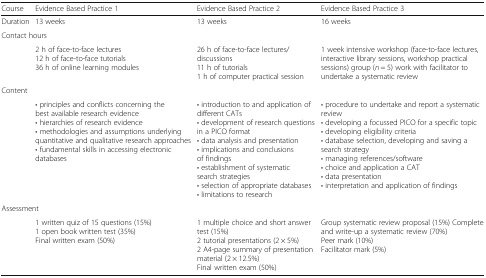
<table><thead><tr><td><b>Course</b></td><td><b>Evidence Based Practice 1</b></td><td><b>Evidence Based Practice 2</b></td><td><b>Evidence Based Practice 3</b></td></tr></thead><tbody><tr><td>Duration</td><td>13 weeks</td><td>13 weeks</td><td>16 weeks</td></tr><tr><td colspan="4">Contact hours</td></tr><tr><td></td><td>2 h of face-to-face lectures12 h of face-to-face tutorials36 h of online learning modules</td><td>26 h of face-to-face lectures/discussions11 h of tutorials1 h of computer practical session</td><td>1 week intensive workshop (face-to-face lectures, interactive library sessions, workshop practical sessions) group (<i>n</i> = 5) work with facilitator to undertake a systematic review</td></tr><tr><td colspan="4">Content</td></tr><tr><td></td><td>• principles and conflicts concerning the best available research evidence• hierarchies of research evidence• methodologies and assumptions underlying quantitative and qualitative research approaches• fundamental skills in accessing electronic databases</td><td>• introduction to and application of different CATs• development of research questions in a PICO format• data analysis and presentation• implications and conclusions of findings• establishment of systematic search strategies• selection of appropriate databases• limitations to research</td><td>• procedure to undertake and report a systematic review• developing a focussed PICO for a specific topic• developing eligibility criteria• database selection, developing and saving a search strategy• managing references/software• choice and application a CAT• data presentation• interpretation and application of findings</td></tr><tr><td colspan="4">Assessment</td></tr><tr><td></td><td>1 written quiz of 15 questions (15%)1 open book written test (35%)Final written exam (50%)</td><td>1 multiple choice and short answer test (15%)2 tutorial presentations (2 × 5%)2 A4-page summary of presentation material (2 × 12.5%)Final written exam (50%)</td><td>Group systematic review proposal (15%) Complete and write-up a systematic review (70%)Peer mark (10%)Facilitator mark (5%)</td></tr></tbody></table>